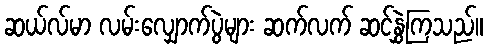
ဆယ်လ်မာ လမ်းလျှောက်ပွဲများ ဆက်လက် ဆင်နွှဲကြသည်။